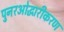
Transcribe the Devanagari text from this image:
पुनरओद्धारीकरण